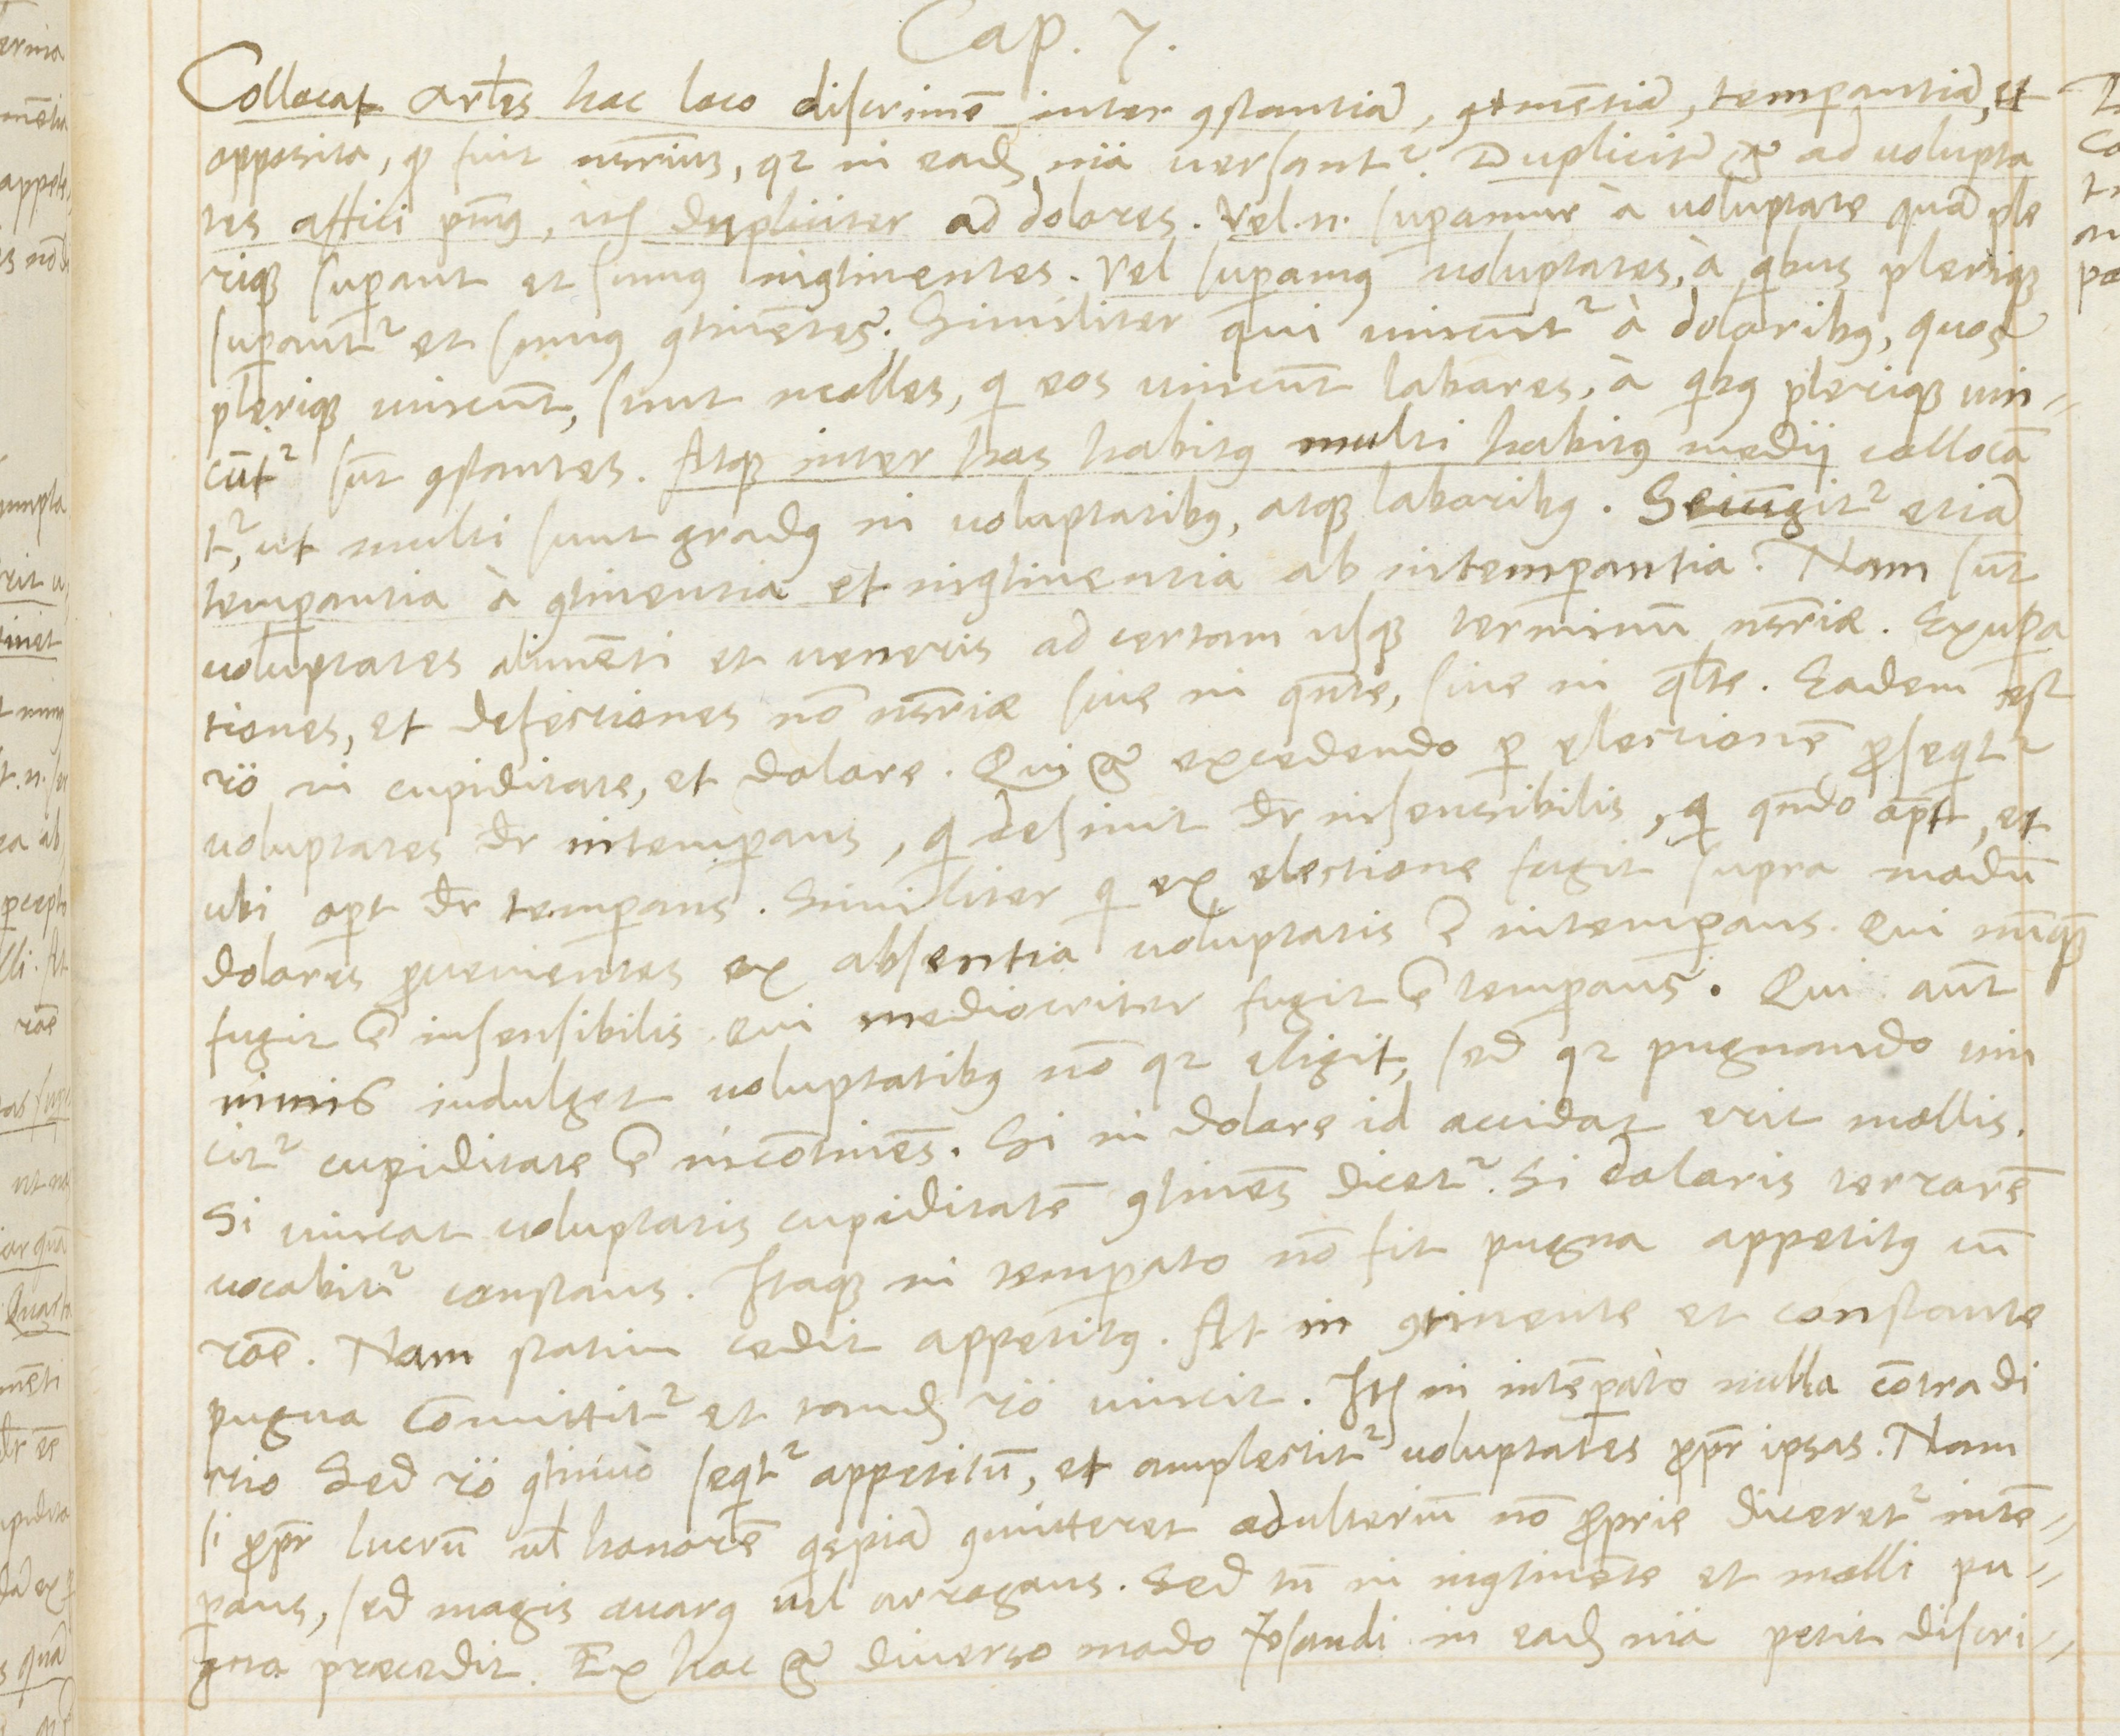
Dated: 1566–1566